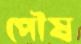
পৌষ